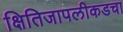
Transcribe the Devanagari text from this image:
क्षितिजापलीकडचा